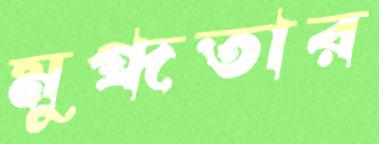
মুগ্ধতার